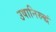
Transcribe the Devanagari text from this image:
उषानिरुद्धं